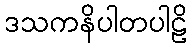
ဒသကနိပါတပါဠိ